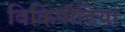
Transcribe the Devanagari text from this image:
विकिपीडिया